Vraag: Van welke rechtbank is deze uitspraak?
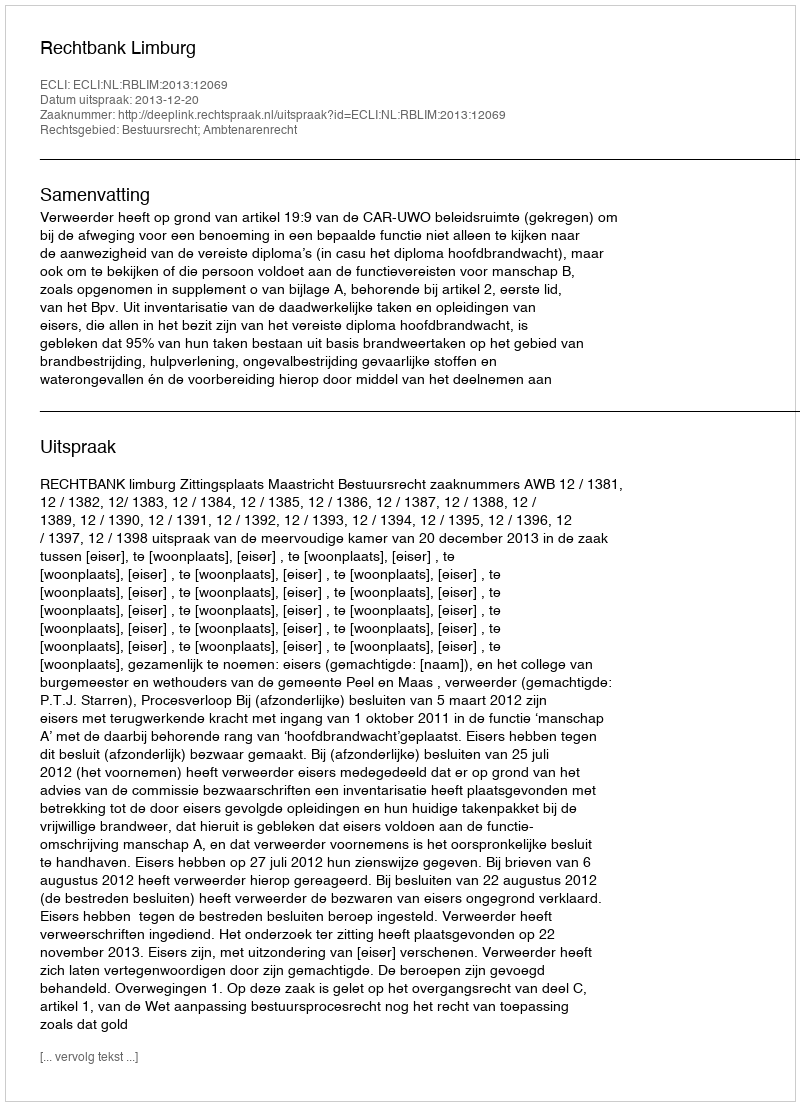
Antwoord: Rechtbank Limburg